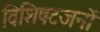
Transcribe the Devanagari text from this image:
विशिषटजनों